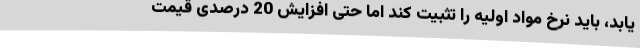
یابد، باید نرخ مواد اولیه را تثبیت کند اما حتی افزایش 20 درصدی قیمت